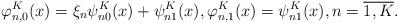
LaTeX: \begin{align*} \varphi^K_{n,0}(x) = \xi_n\psi^K_{n0}(x)+\psi^K_{n1}(x), \varphi^K_{n,1}(x) = \psi^K_{n1}(x), n = \overline{1,K}.\end{align*}